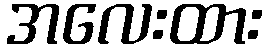
အလေးထား